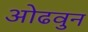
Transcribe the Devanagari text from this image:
ओढवुन